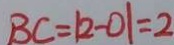
B C = \vert 2 - 0 \vert = 2